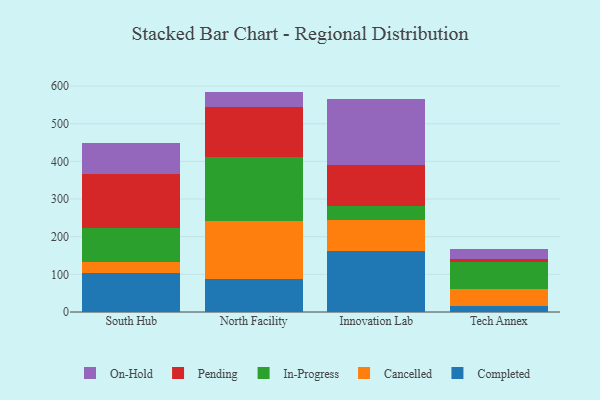
{"axis": {"x": "Campus", "y": "Revenue (USD Million)"}, "legend": ["Cancelled", "Completed", "In-Progress", "On-Hold", "Pending"], "data": [{"x": "South Hub", "y": 103.9, "type": "Completed"}, {"x": "South Hub", "y": 28.6, "type": "Cancelled"}, {"x": "South Hub", "y": 89.5, "type": "In-Progress"}, {"x": "South Hub", "y": 145.8, "type": "Pending"}, {"x": "South Hub", "y": 81.0, "type": "On-Hold"}, {"x": "North Facility", "y": 88.8, "type": "Completed"}, {"x": "North Facility", "y": 153.0, "type": "Cancelled"}, {"x": "North Facility", "y": 170.0, "type": "In-Progress"}, {"x": "North Facility", "y": 131.7, "type": "Pending"}, {"x": "North Facility", "y": 41.8, "type": "On-Hold"}, {"x": "Innovation Lab", "y": 161.8, "type": "Completed"}, {"x": "Innovation Lab", "y": 81.3, "type": "Cancelled"}, {"x": "Innovation Lab", "y": 39.3, "type": "In-Progress"}, {"x": "Innovation Lab", "y": 108.8, "type": "Pending"}, {"x": "Innovation Lab", "y": 175.3, "type": "On-Hold"}, {"x": "Tech Annex", "y": 15.5, "type": "Completed"}, {"x": "Tech Annex", "y": 44.9, "type": "Cancelled"}, {"x": "Tech Annex", "y": 72.6, "type": "In-Progress"}, {"x": "Tech Annex", "y": 8.6, "type": "Pending"}, {"x": "Tech Annex", "y": 26.6, "type": "On-Hold"}]}